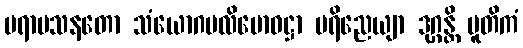
ပရာမသနတော သံယောဂပလိဗောဓဋ္ဌာ ပရိညေယျာ ဒုဂ္ဂန္တိ ပူတိကံ